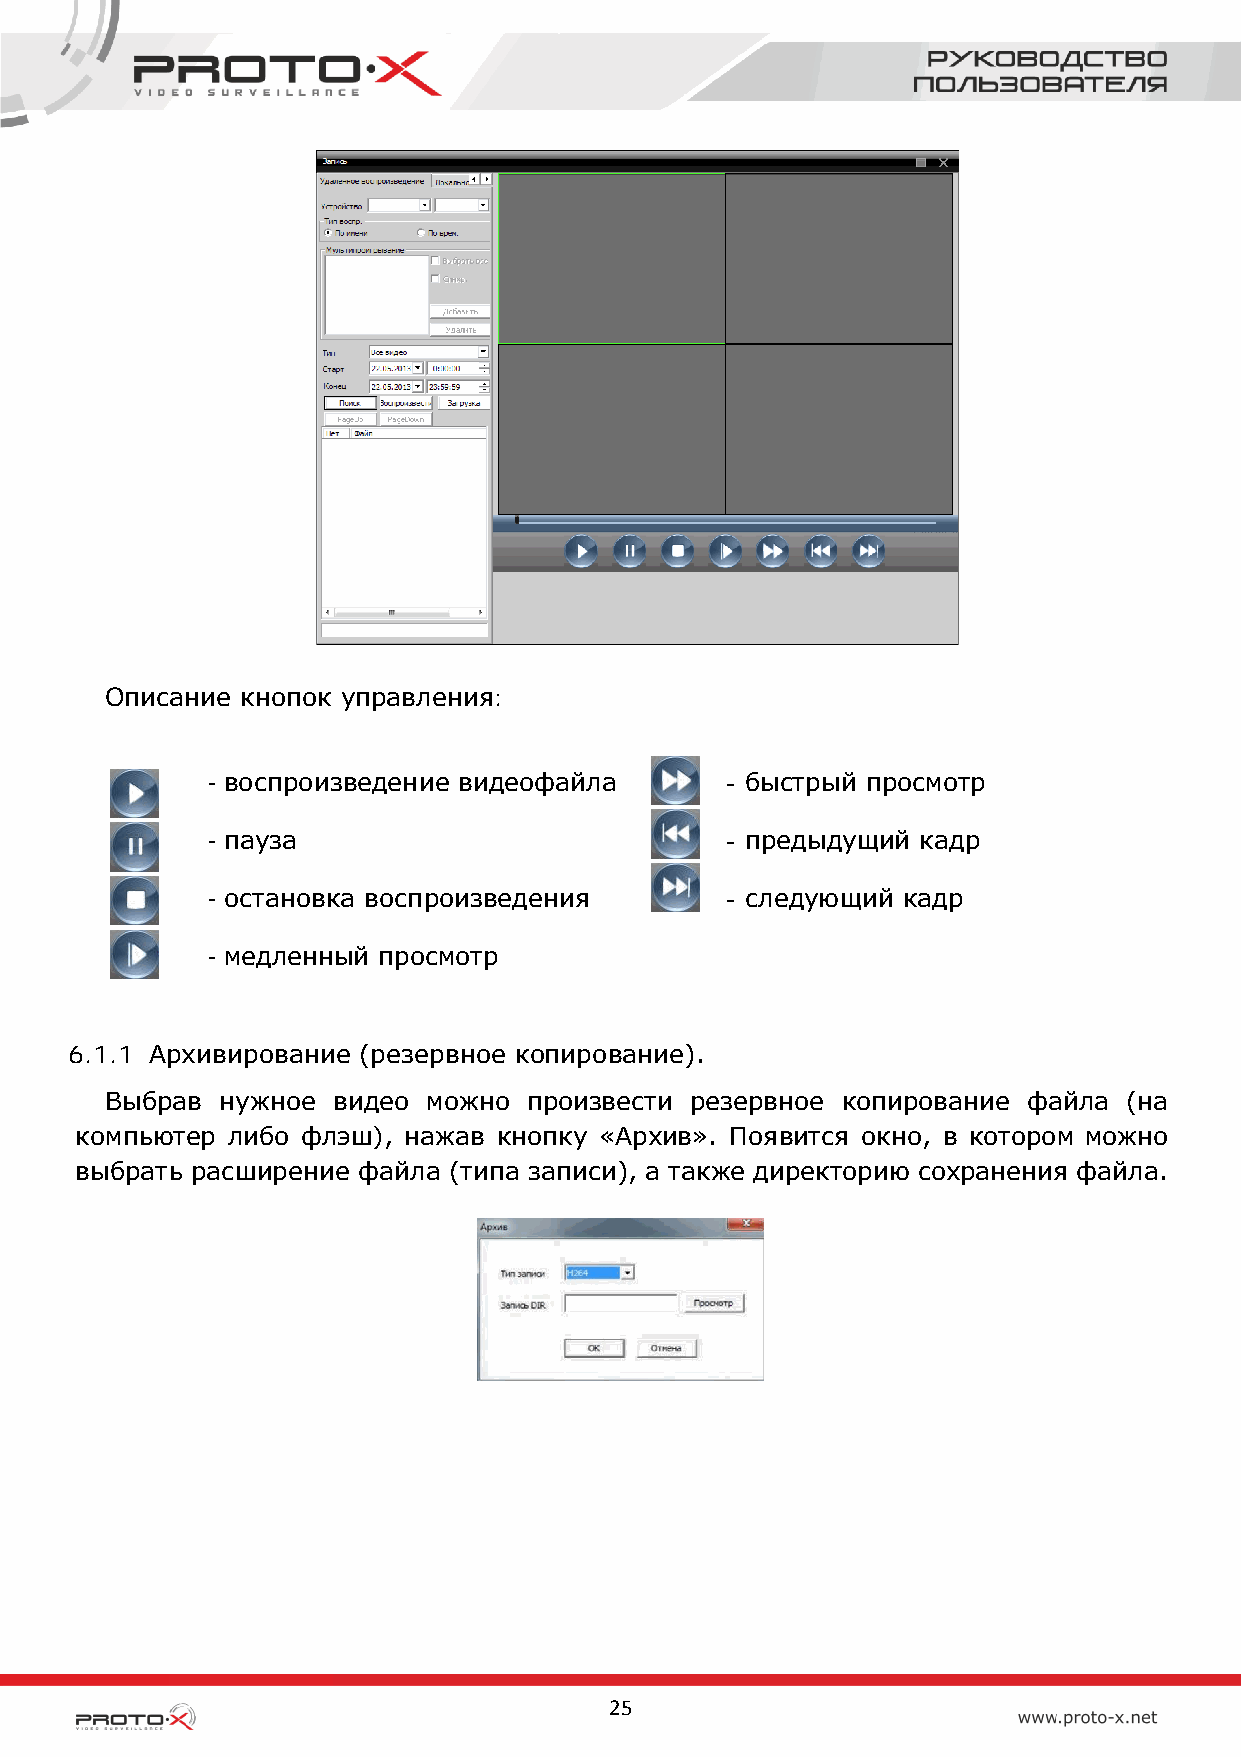
Описание кнопок управления:
 - воспроизведение видеофайла      - быстрый просмотр
 - пауза                           - предыдущий кадр
 - остановка воспроизведения       - следующий кадр
 - медленный просмотр
 6.1.1 Архивирование (резервное копирование).
 Выбрав  нужное видео можно  произвести резервное копирование файла  (на
 компьютер либо флэш), нажав кнопку «Архив». Появится окно, в котором можно
 выбрать расширение файла (типа записи), а также директорию сохранения файла.
 25